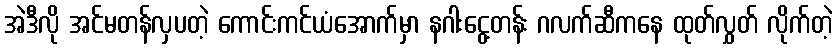
အဲဒီလို အင်မတန်လှပတဲ့ ကောင်းကင်ယံအောက်မှာ နဂါးငွေ့တန်း ဂလက်ဆီကနေ ထုတ်လွှတ် လိုက်တဲ့